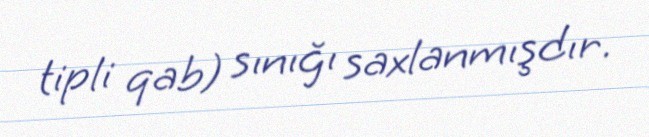
tipli qab) sınığı saxlanmışdır.